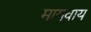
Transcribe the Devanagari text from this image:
मागवाय